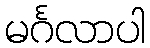
မင်္ဂလာပါ